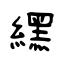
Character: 纆